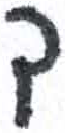
אות: ך